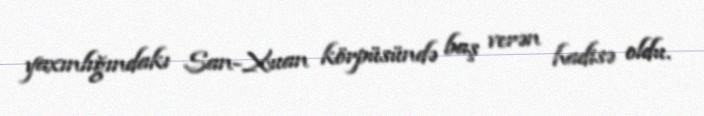
yaxınlığındakı San-Xuan körpüsündə baş verən hadisə oldu.